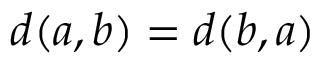
d ( a , b ) = d ( b , a )